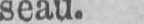
seau.